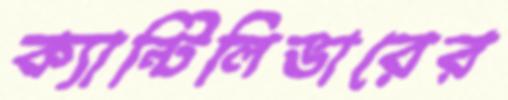
ক্যান্টিলিভারের